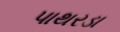
પાથરડા